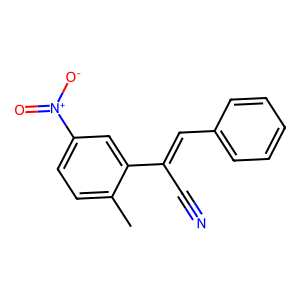
SMILES: Cc1ccc([N+](=O)[O-])cc1C(C#N)=Cc1ccccc1
Inhibits HIV replication: No